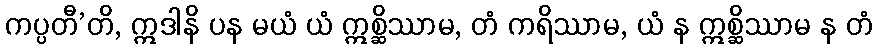
ကပ္ပတီ’တိ, ဣဒါနိ ပန မယံ ယံ ဣစ္ဆိဿာမ, တံ ကရိဿာမ, ယံ န ဣစ္ဆိဿာမ န တံ